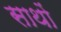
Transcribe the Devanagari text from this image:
साथों